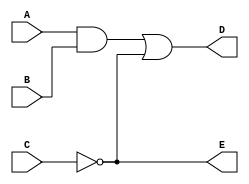
`timescale 1ns / 1ps
//////////////////////////////////////////////////////////////////////////////////
// Company: 
// Engineer: 
// 
// Design Name: 
// Module Name: Circuit
// Project Name: 
// Target Devices: 
// Tool Versions: 
// Description: 
// 
// Dependencies: 
// 
// Revision:
// Revision 0.01 - File Created
// Additional Comments:
// 
//////////////////////////////////////////////////////////////////////////////////


module Circuit(A,B,C,D,E);
output D,E;
input A,B,C;
wire W1;
and G1(W1,A,B);
not G2(E,C);
or G3(D,W1,E);
endmodule

module stimulus;
reg A,B,C;
wire D,E,W1;
Circuit uut(A,B,C,D,E);
initial
begin
A=0;B=0;C=0;
#10 A=0;B=0;C=1;
#10 A=0;B=1;C=0;
#10 A=0;B=1;C=1;
#10 A=1;B=0;C=0;
#10 A=1;B=0;C=1;
#10 A=1;B=1;C=0;
#10 A=1;B=1;C=1;
end
endmodule